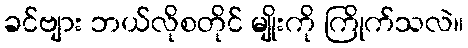
ခင်ဗျား ဘယ်လိုစတိုင် မျိုးကို ကြိုက်သလဲ။